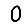
Digit: 0